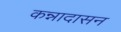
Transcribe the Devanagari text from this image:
कन्नादासन